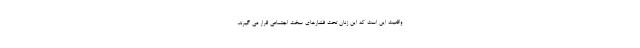
واقعیت این است که این زنان تحت فشارهای سخت اجتماعی قرار می گیرند.